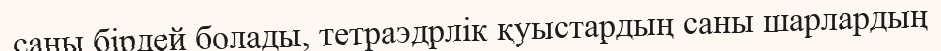
саны бірдей болады, тетраэдрлік қуыстардың саны шарлардың